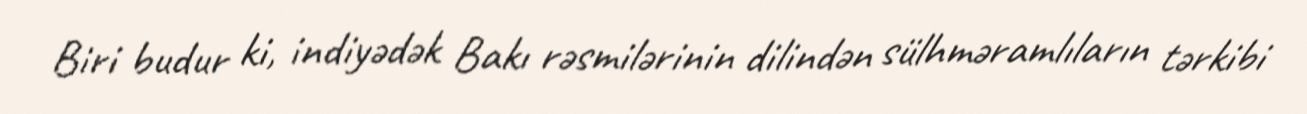
Biri budur ki, indiyədək Bakı rəsmilərinin dilindən sülhməramlıların tərkibi